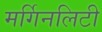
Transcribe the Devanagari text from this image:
मर्गिनलिटी